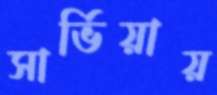
সার্ভিয়ায়